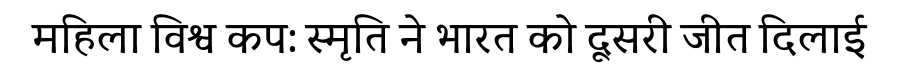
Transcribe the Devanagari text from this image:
महिला विश्व कप: स्मृति ने भारत को दूसरी जीत दिलाई